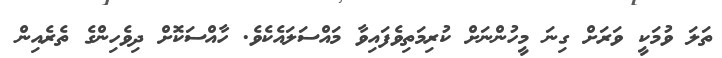
ތަލަ ވުމަކީ ވަރަށް ގިނަ މީހުންނަށް ކުރިމަތިވެފައިވާ މައްސަލައެކެވެ. ހާއްސަކޮށް ދިވެހިންގެ ތެރެއިން